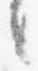
言